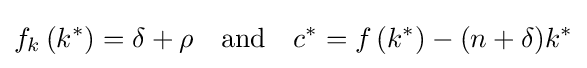
f_{k}\left(k^{\ast }\right)=\delta +\rho \quad {\text{and}}\quad c^{\ast }=f\left(k^{\ast }\right)-(n+\delta )k^{\ast }